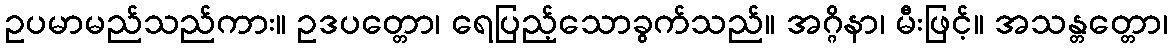
ဥပမာမည်သည်ကား။ ဥဒပတ္တော၊ ရေပြည့်သောခွက်သည်။ အဂ္ဂိနာ၊ မီးဖြင့်။ အသန္တတ္တော၊